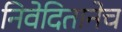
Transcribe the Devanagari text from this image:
निवेदितानेच